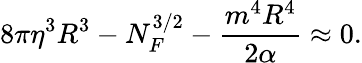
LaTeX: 8\pi\eta^{3}R^{3}-N_{F}^{3/2}-\frac{m^{4}R^{4}}{2\alpha}\approx 0.